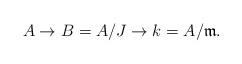
LaTeX: \begin{align*}A \to B = A/J \to k = A/\mathfrak{m}.\end{align*}